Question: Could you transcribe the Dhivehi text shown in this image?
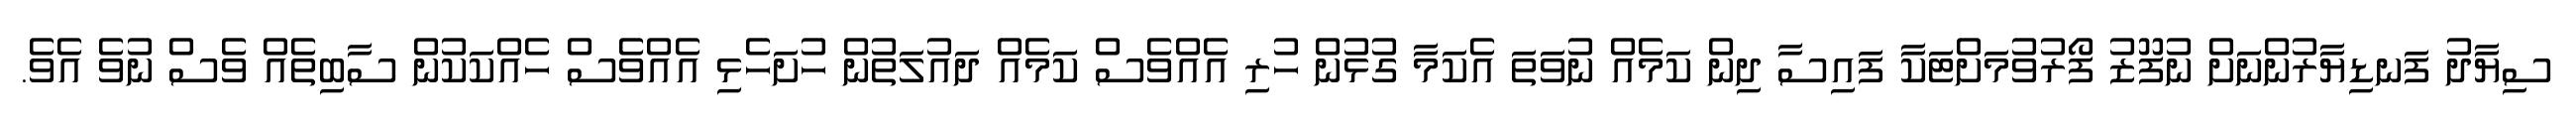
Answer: ސިޔާދު ފަނޑިޔާރުންނަށް ނުފޫޒު ފޯރުވުމަށްޓަކާ ފައިސާ ދިން ކަމެއް ނުވަތަ އެކަމާ ގުޅުން ހުރި އެއްވެސް ކަމެއް ދައުލަތުން ހުށަހެޅި އެއްވެސް ހެއްކަކުން ސާބިތެއް ވެސް ނުވެ އެވެ.